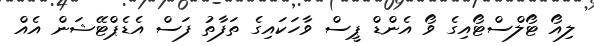
ލިއޯ ޓޯލްސްޓޯއިގެ ވޯ އެންޑް ޕީސް ވާހަކައިގެ ތަފާތު ފަސް އެޑެޕްޓޭޝަން އެއް